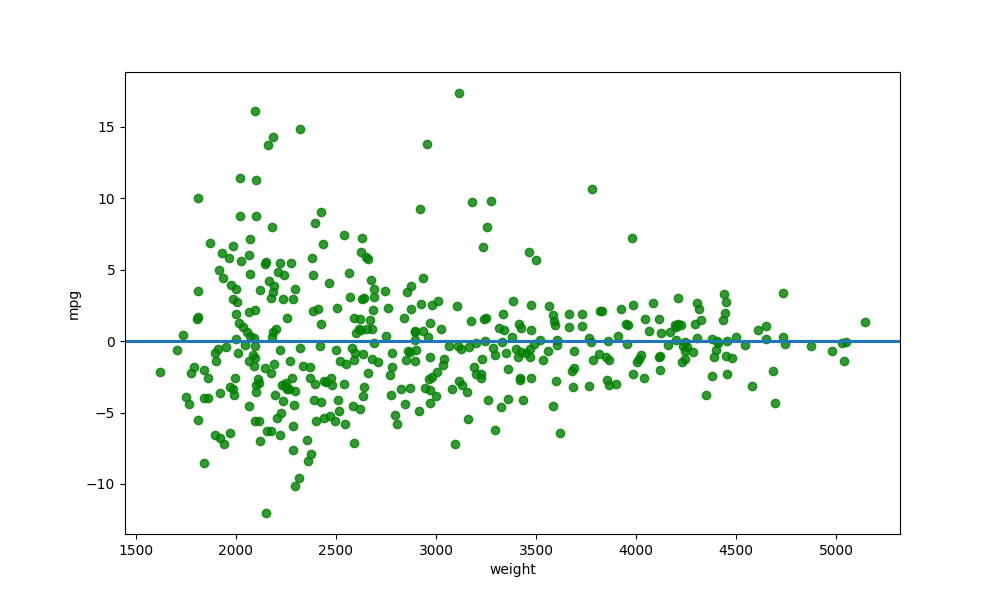
python, seaborn, residplot, lowess=True, scatter_color=green